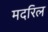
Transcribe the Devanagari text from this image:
मदरिल